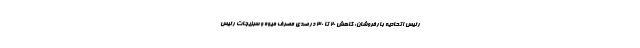
رئیس اتحادیه بارفروشان: کاهش ۲۰ تا ۳۰ درصدی مصرف میوه و سبزیجات رئیس